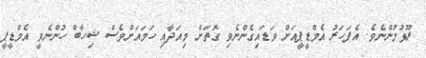
ރޫޅުމުންނެވެ. އެފަހަރު އެމްޑީޕީއަށް ވަޑައިގެންނެވި ގޮތަށް މިއަދާއި ހަމައަށްވެސް ޝިހާބް ހުންނެވީ އެމްޑީޕީ